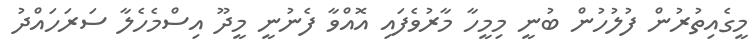
މީގެއިތުރުން ފުލުހުން ބުނީ މިމީހާ މާރުވެފައި އޮއްވާ ފެނުނީ މީދޫ އިސްމެހެލާ ސަރަހައްދު